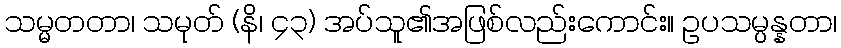
သမ္မတတာ၊ သမုတ် (နိ၊ ၄၃) အပ်သူ၏အဖြစ်လည်းကောင်း။ ဥပသမ္ပန္နတာ၊